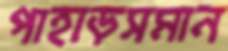
পাহাড়সমান